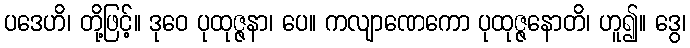
ပဒေဟိ၊ တို့ဖြင့်။ ဒုဝေ ပုထုဇ္ဇနာ၊ ပေ။ ကလျာဏေကော ပုထုဇ္ဇနောတိ၊ ဟူ၍။ ဒွေ၊